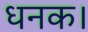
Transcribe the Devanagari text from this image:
धनक।